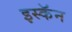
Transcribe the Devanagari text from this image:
इस्कॅन